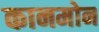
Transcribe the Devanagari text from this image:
कानमोन